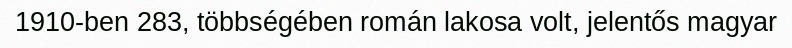
1910-ben 283, többségében román lakosa volt, jelentős magyar